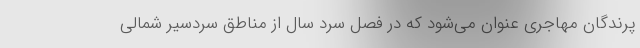
پرندگان مهاجری عنوان می‌شود که در فصل سرد سال از مناطق سردسیر شمالی